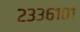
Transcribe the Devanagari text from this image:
२३३६१०१